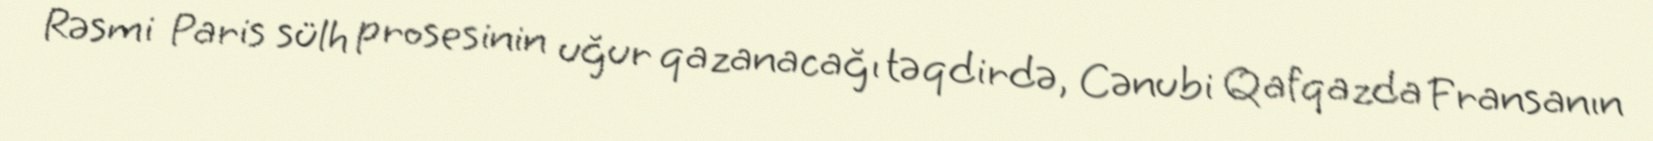
Rəsmi Paris sülh prosesinin uğur qazanacağı təqdirdə, Cənubi Qafqazda Fransanın